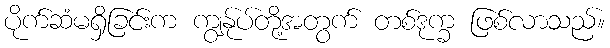
ပိုက်ဆံမရှိခြင်းက ကျွန်ုပ်တို့အတွက် တစ်ဒုက္ခ ဖြစ်လာသည်။